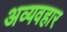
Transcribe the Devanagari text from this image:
अव्यवहार